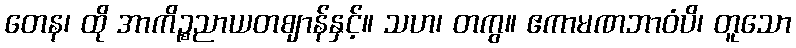
တေန၊ ထို အာကိဉ္စညာယတဈာန်နှင့်။ သဟ၊ တကွ။ ဧကာမဏဘာဝံပိ၊ တူသော